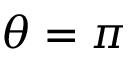
\theta = \pi